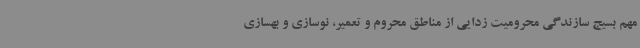
مهم بسیج سازندگی محرومیت زدایی از مناطق محروم و تعمیر، نوسازی و بهسازی